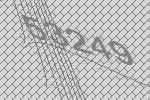
53249